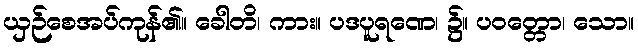
ယှဉ်စေအပ်ကုန်၏။ ခေါတိ၊ ကား။ ပဒပူရဏေ၊ ၌။ ပဝတ္တော၊ သော။